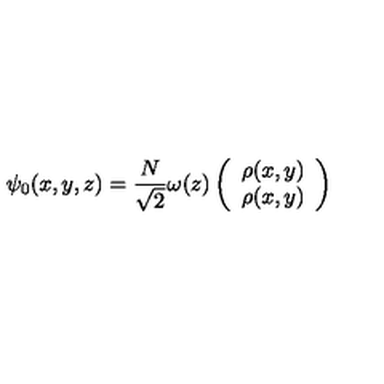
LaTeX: \psi _ { 0 } ( x , y , z ) = \frac { N } { \sqrt { 2 } } \omega ( z ) \left( \begin{array} { c c } { \rho ( x , y ) } \\ { \rho ( x , y ) } \\ \end{array} \right)